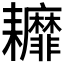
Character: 𦔭